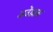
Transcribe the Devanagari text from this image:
अजेंड्यावर